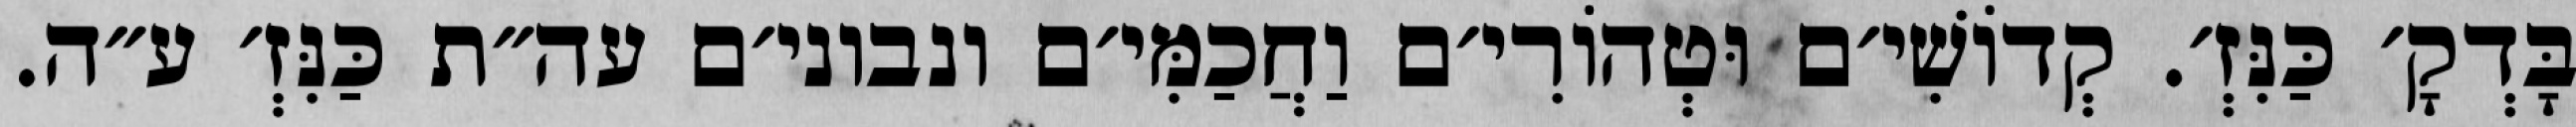
בָּדְקָ׳ כַּנִּזְ׳. קְדוֹשִׁי׳ם וּטְהוֹרִי׳ם וַחֲכַמִּי׳ם ונבוני׳ם עה״ת כַּנִּזְ׳ ע״ה.